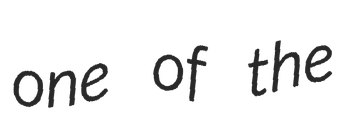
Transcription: one of the